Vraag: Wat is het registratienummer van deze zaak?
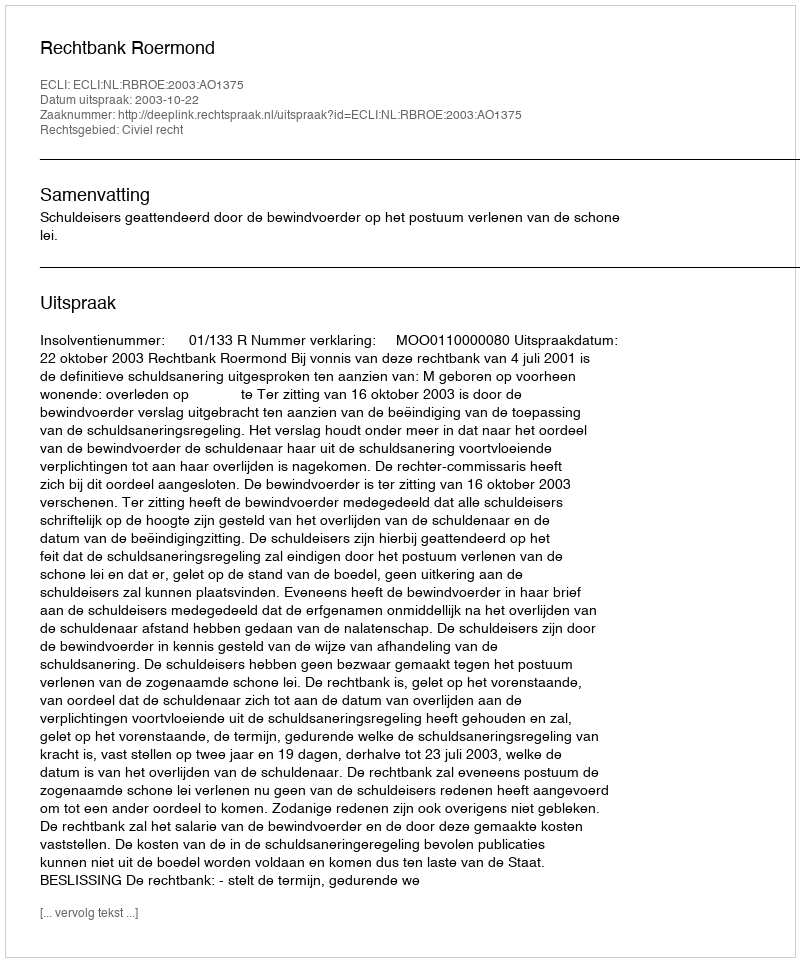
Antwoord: http://deeplink.rechtspraak.nl/uitspraak?id=ECLI:NL:RBROE:2003:AO1375